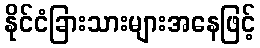
နိုင်ငံခြားသားများအနေဖြင့်